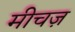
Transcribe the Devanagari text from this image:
मीचज़